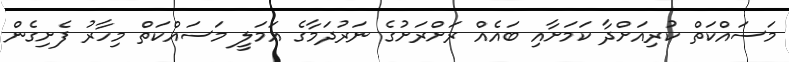
މަސައްކަތް ކުރިއަށްދާ ކަމަށާއި ބައެއް ރަށްރަށުގެ ނަަރުދަމާގެ އަމަލީ މަސައްކަތް މިހާރު ފެށިގެން